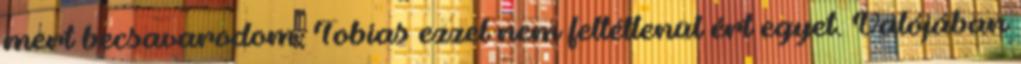
mert becsavarodom. Tobias ezzel nem feltétlenül ért egyet. Valójában